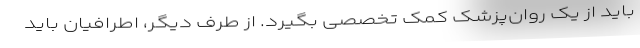
باید از یک روان‌پزشک کمک تخصصی بگیرد. از طرف دیگر، اطرافیان باید